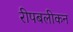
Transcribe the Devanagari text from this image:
रीपबलीकन